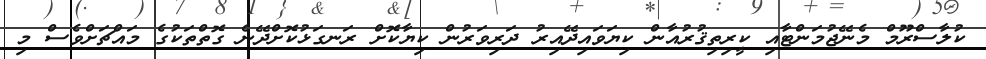
ކުލާސްރޫމް މެނޭޖުމަންޓާއި ކީރިތިޤުރުއާން ކިޔަވައިދޭއިރު ދަރިވަރުން ކިޔާކޮށް ރަނގަޅުކޮށްދޭނެ ގޮތްތަކުގެ މައްޗަށްވެސް މި